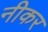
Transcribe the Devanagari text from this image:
नीकर